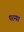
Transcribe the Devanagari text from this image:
परम्प्रा